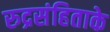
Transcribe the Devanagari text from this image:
रुद्रसंहिताके